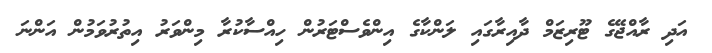
އަދި ރާއްޖޭގެ ޓޫރިޒަމް ދާއިރާގައި ލަންކާގެ އިންވެސްޓަރުން ހިއްސާކުރާ މިންވަރު އިތުރުވަމުން އަންނަ